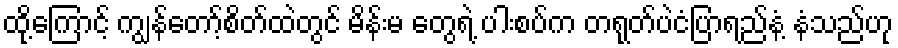
ထို့ကြောင့် ကျွန်တော့်စိတ်ထဲတွင် မိန်းမ တွေရဲ့ ပါးစပ်က တရုတ်ပဲငံပြာရည်နံ့ နံသည်ဟု